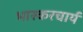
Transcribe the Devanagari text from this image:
भास्करचार्य